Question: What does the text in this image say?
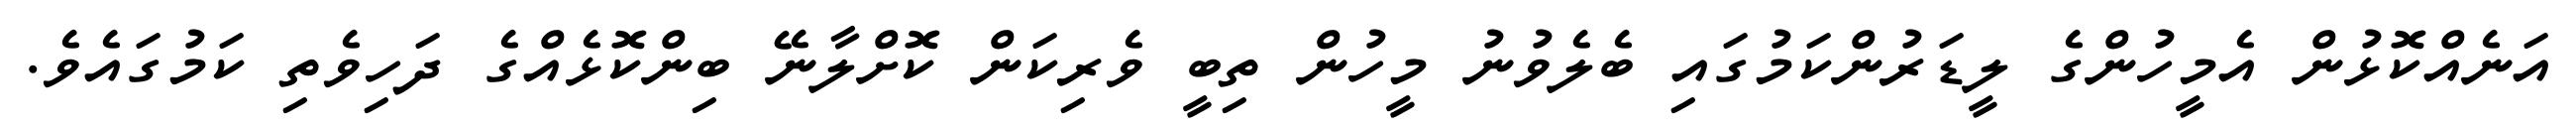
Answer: އަނެއްކޮޅުން އެމީހުންގެ ލީޑަރުންކަމުގައި ބެލެވުނު މީހުން ތިބީ ވެރިކަން ކޮށްލާނޭ ބިންކޮޅެއްގެ ދަހިވެތި ކަމުގައެވެ.